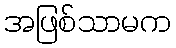
အဖြစ်သာမက